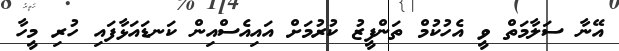
އޭނާ ސަލާމަތް ވީ އެހުކުމް ތަންފީޒު ކުރުމަށް އައިއެސްއިން ކަނޑައަޅާފައި ހުރި މީހާ